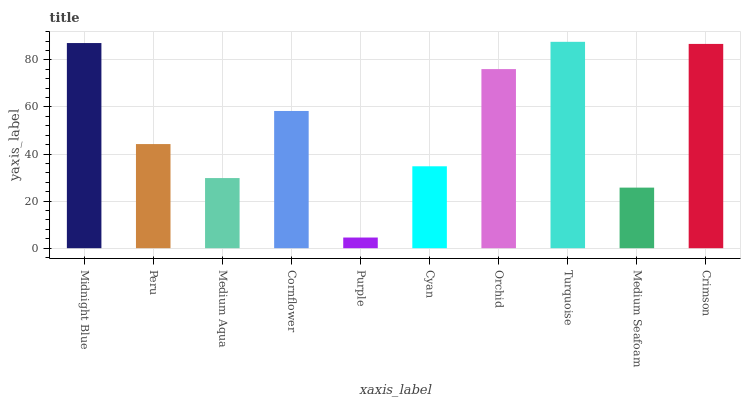
| xaxis_label | bars |
 | --- | --- |
 | Midnight Blue | 87.2 |
 | Peru | 44.2 |
 | Medium Aqua | 29.8 |
 | Cornflower | 58.3 |
 | Purple | 4.53 |
 | Cyan | 34.8 |
 | Orchid | 76.1 |
 | Turquoise | 87.7 |
 | Medium Seafoam | 25.7 |
 | Crimson | 86.8 |